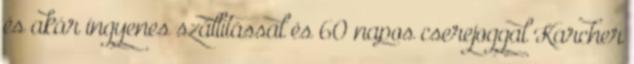
és akár ingyenes szállítással és 60 napos cserejoggal Karcher